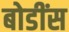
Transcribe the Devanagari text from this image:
बोडींस